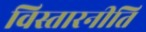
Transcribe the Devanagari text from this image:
विस्तारनीति